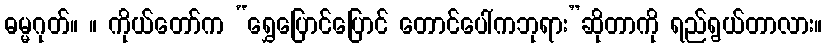
ဓမ္မဂုတ်။ ။ ကိုယ်တော်က “ရွှေပြောင်ပြောင် တောင်ပေါ်ကဘုရား”ဆိုတာကို ရည်ရွယ်တာလား။